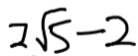
2 \sqrt { 5 } - 2